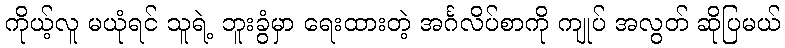
ကိုယ့်လူ မယုံရင် သူရဲ့ ဘူးခွံမှာ ရေးထားတဲ့ အင်္ဂလိပ်စာကို ကျုပ် အလွတ် ဆိုပြမယ်